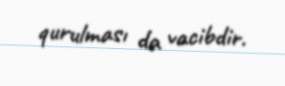
qurulması da vacibdir.